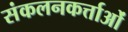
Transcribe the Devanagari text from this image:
संकलनकर्त्ताओं